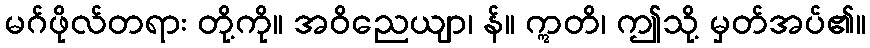
မဂ်ဖိုလ်တရား တို့ကို။ အဝိညေယျာ၊ န်။ ဣတိ၊ ဤသို့ မှတ်အပ်၏။